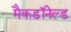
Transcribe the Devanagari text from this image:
मैकडॉनेल्ड